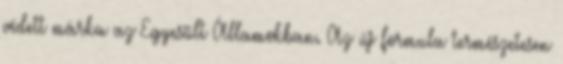
védett márka az Egyesült Államokban. Az új formula természetesen